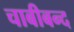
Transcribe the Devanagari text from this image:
चाबीबन्द